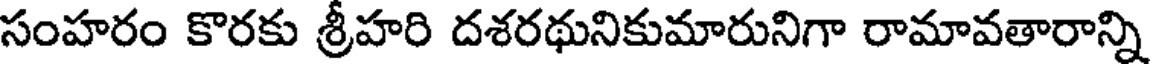
సంహరం కొరకు శ్రీహరి దశరథునికుమారునిగా రామావతారాన్ని